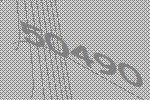
50490